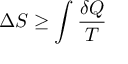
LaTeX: \Delta S \geq \int { \frac { \delta Q } { T } } \,